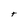
Character: t